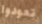
تعودوا